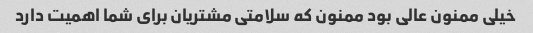
خیلی ممنون عالی بود ممنون که سلامتی مشتریان برای شما اهمیت دارد